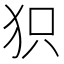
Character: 𤝖